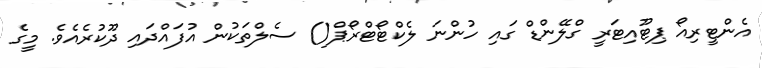
އެންޓީރިއޯ ޕިޓޫއިޓަރީ ގްލޭންޑް ގައި ހުންނަ ލެކްޓޯޓްރޯޕް() ސެލްތަކުން އުފައްދައި ދޫކުރެއެވެ. މީގެ